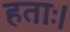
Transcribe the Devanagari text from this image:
हताः।